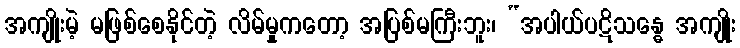
အကျိုးမဲ့ မဖြစ်စေနိုင်တဲ့ လိမ်မှုကတော့ အပြစ်မကြီးဘူး၊ “အပါယ်ပဋိသန္ဓေ အကျိုး